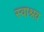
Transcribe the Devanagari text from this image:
स्वाश्रय